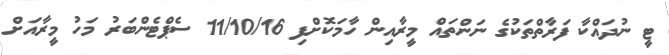
ޓީ ނުދައްކާ ފަރާތްތަކުގެ ނަންތައް މީރާއިން ހާމަކޮށްފި 11/10/16 ސެޕްޓެންބަރު މަހު މީރާއަށް